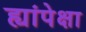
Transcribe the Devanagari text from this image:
ह्यांपेक्षा